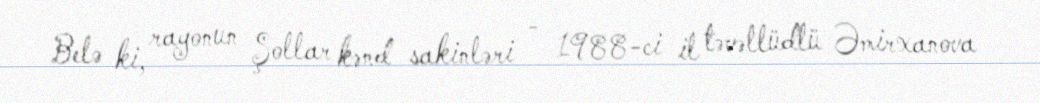
Belə ki, rayonun Şollar kənd sakinləri - 1988-ci il təvəllüdlü Əmirxanova